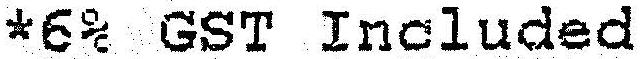
*6% GST INCLUDED